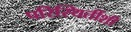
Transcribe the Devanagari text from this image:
परिस्थितींशी